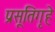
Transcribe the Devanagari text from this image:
प्रसूतिगृहे